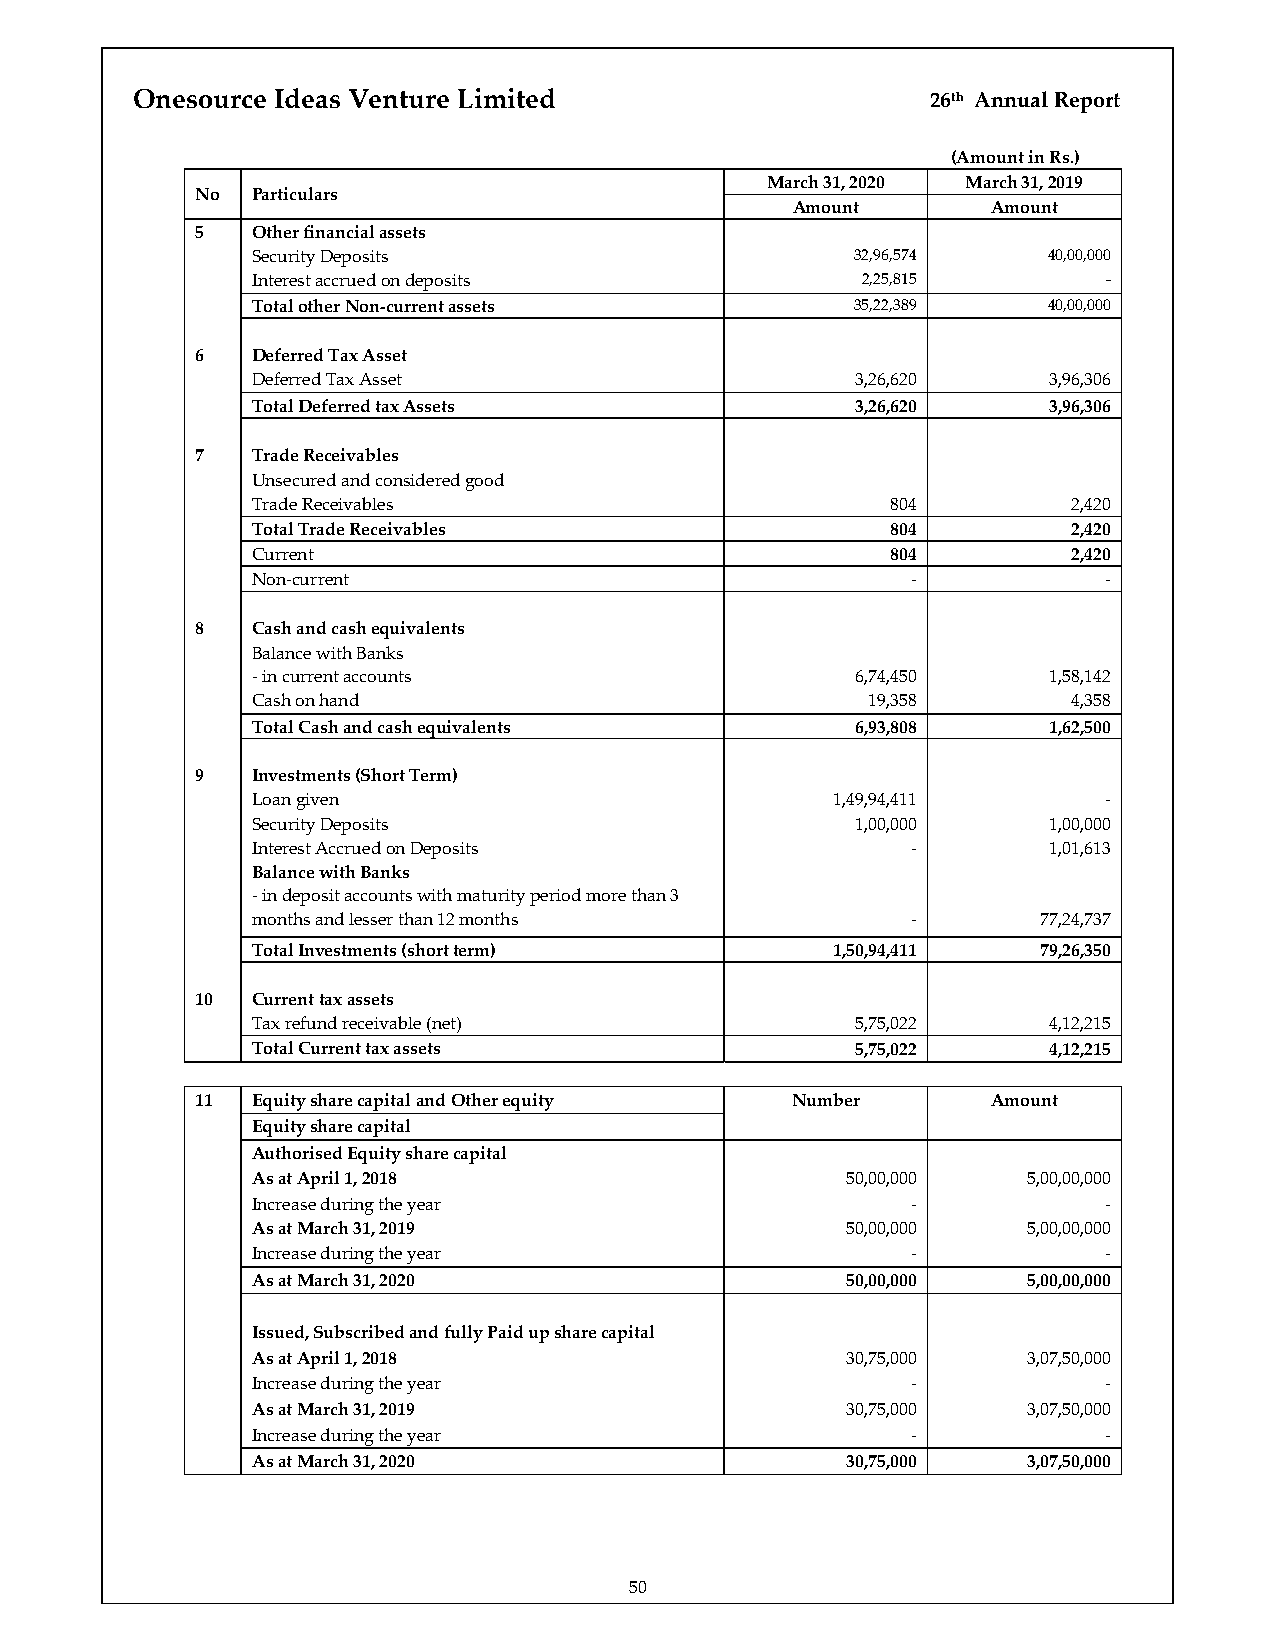
Onesource Ideas Venture Limited                      26th Annual Report
 (Amount in Rs.)
 March 31, 2020 March 31, 2019
 No  Particulars
 Amount        Amount
 5   Other financial assets
 Security Deposits                       32,96,574   40,00,000
 Interest accrued on deposits            2,25,815        ‐
 Total other Non‐current assets          35,22,389   40,00,000
 6   Deferred Tax Asset
 Deferred Tax Asset                      3,26,620    3,96,306
 Total Deferred tax Assets               3,26,620    3,96,306
 7   Trade Receivables
 Unsecured and considered good
 Trade Receivables                         804         2,420
 Total Trade Receivables                   804         2,420
 Current                                   804         2,420
 Non‐current                                ‐            ‐
 8   Cash and cash equivalents
 Balance with Banks
 ‐ in current accounts                   6,74,450    1,58,142
 Cash on hand                            19,358        4,358
 Total Cash and cash equivalents         6,93,808    1,62,500
 9   Investments (Short Term)
 Loan given                            1,49,94,411       ‐
 Security Deposits                       1,00,000    1,00,000
 Interest Accrued on Deposits               ‐        1,01,613
 Balance with Banks
 ‐ in deposit accounts with maturity period more than 3
 months and lesser than 12 months           ‐        77,24,737
 Total Investments (short term)        1,50,94,411   79,26,350
 10  Current tax assets
 Tax refund receivable (net)             5,75,022    4,12,215
 Total Current tax assets                5,75,022    4,12,215
 11  Equity share capital and Other equity Number     Amount
 Equity share capital
 Authorised Equity share capital
 As at April 1, 2018                    50,00,000   5,00,00,000
 Increase during the year                   ‐            ‐
 As at March 31, 2019                   50,00,000   5,00,00,000
 Increase during the year                   ‐            ‐
 As at March 31, 2020                   50,00,000   5,00,00,000
 Issued, Subscribed and fully Paid up share capital
 As at April 1, 2018                    30,75,000   3,07,50,000
 Increase during the year                   ‐            ‐
 As at March 31, 2019                   30,75,000   3,07,50,000
 Increase during the year                   ‐            ‐
 As at March 31, 2020                   30,75,000   3,07,50,000
 50